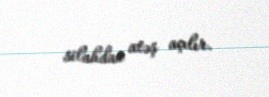
silahdan atəş açılır.